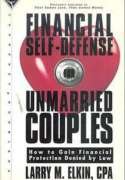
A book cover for Financial Self-Defense for Unmarried Couples; Larry M. Elkin; Law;